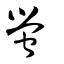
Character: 螢